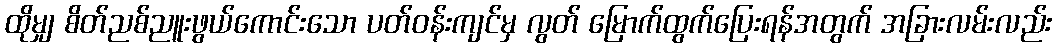
ထိုမျှ စိတ်ညစ်ညူးဖွယ်ကောင်းသော ပတ်ဝန်းကျင်မှ လွတ် မြောက်ထွက်ပြေးရန်အတွက် အခြားလမ်းလည်း